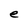
Character: e